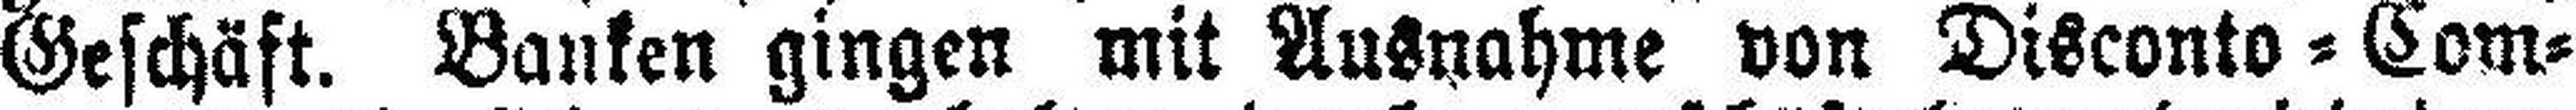
Geschäft. Banken gingen mit Ausnahme von Disconto=Com¬